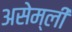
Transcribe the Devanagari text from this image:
असेम्ली